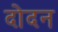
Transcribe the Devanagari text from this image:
दोदन